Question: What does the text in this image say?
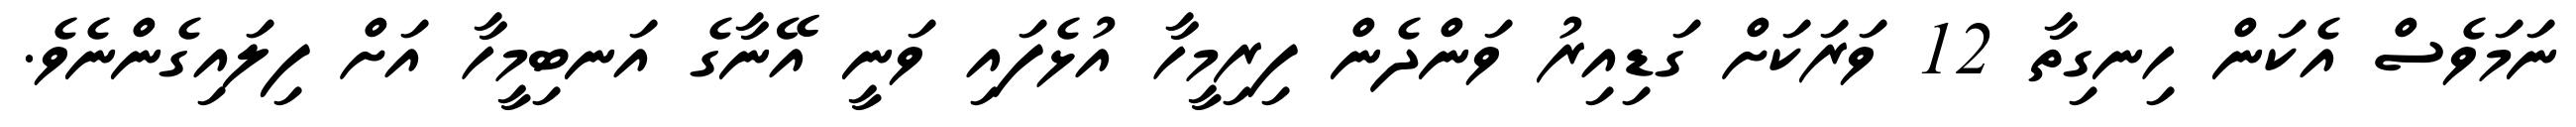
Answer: ނަމަވެސް އެކަން ހިނގިތާ 12 ވަރަކަށް ގަޑިއިރު ވަންދެން ފިރިމީހާ އުޅެފައި ވަނީ އޭނާގެ އަނބިމީހާ އަށް ފިލައިގެންނެވެ.